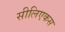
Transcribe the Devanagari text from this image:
सीलिएकस